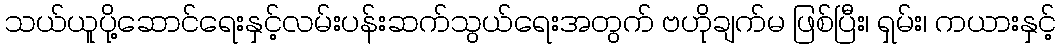
သယ်ယူပို့ဆောင်ရေးနှင့်လမ်းပန်းဆက်သွယ်ရေးအတွက် ဗဟိုချက်မ ဖြစ်ပြီး၊ ရှမ်း၊ ကယားနှင့်